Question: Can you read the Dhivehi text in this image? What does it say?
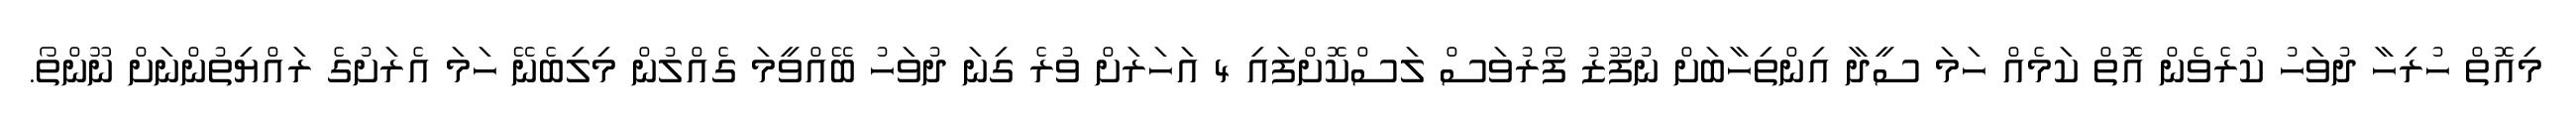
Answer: މިއޮތް ހުރިހާ ދުވަހު ކުރެވެން އޮތް ކަމެއް ހަމަ ސީދާ އިންތިހާބަށް ނުފޫޒު ފޯރުވަސް ލަސްކޮށްފައި 4 އަހަރަށް ވުރެ ގިނަ ދުވަހު ބޭއްވީމަ ގެއްލުން މިލިބެނޭ ހަމަ އެރަށުގެ ރައްޔިތުންނަށް ނޫންތޯ.